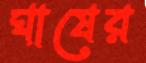
ঘাষের